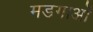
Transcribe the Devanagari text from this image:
मडगाओं